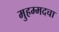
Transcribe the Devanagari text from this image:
मुहम्मदचा